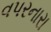
વપરનારા